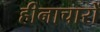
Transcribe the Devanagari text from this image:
हीनाचारों